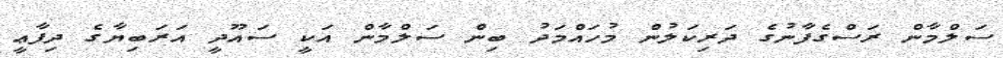
ސަލްމާން ރަސްގެފާނުގެ ދަރިކަލުން މުހައްމަދު ބިން ސަލްމާން އަކީ ސައޫދީ އަރަބިޔާގެ ދިފާޢީ